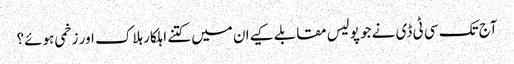
آج تک سی ٹی ڈی نے جو پولیس مقابلے کیےان میں کتنے اہلکار ہلاک اور زخمی ہوئے؟